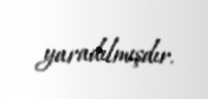
yaradılmışdır.